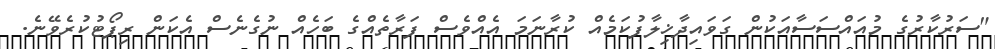
"ސަރުކާރުގެ މުއައްސަސާއަކުން ގަވައިދާޚިލާފުކަމެއް ކުރާނަަމަ އެއްވެސް ފަރާތެއްގެ ބަހެއް ނުގެނެސް އެކަން ރިޕޯޓުކުރެވޭނެ.